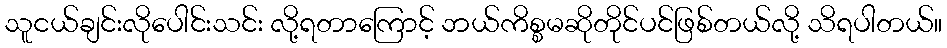
သူငယ်ချင်းလိုပေါင်းသင်း လို့ရတာကြောင့် ဘယ်ကိစ္စမဆိုတိုင်ပင်ဖြစ်တယ်လို့ သိရပါတယ်။